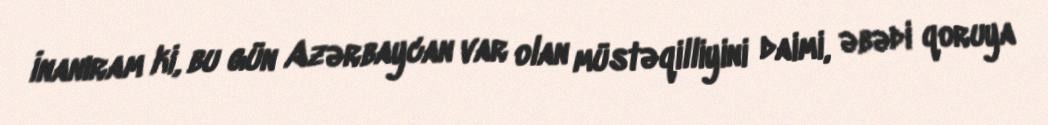
İnanıram ki, bu gün Azərbaycan var olan müstəqilliyini daimi, əbədi qoruya